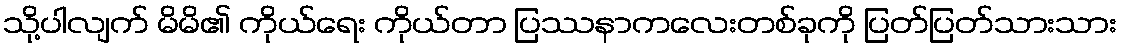
သို့ပါလျက် မိမိ၏ ကိုယ်ရေး ကိုယ်တာ ပြဿနာကလေးတစ်ခုကို ပြတ်ပြတ်သားသား